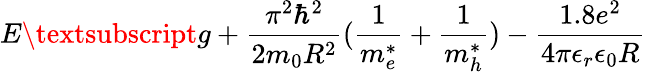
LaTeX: E\textsubscript{g}+\frac{\pi^{2}\hbar^{2}}{2m_{0}R^{2}}(\frac{1}{m_{e}^{*}}+\frac{1}{m_{h}^{*}})-\frac{1.8e^{2}}{4\pi\epsilon_{r}\epsilon_{0}R}